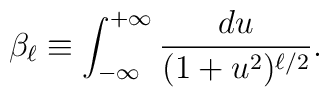
\beta_{\ell}\equiv\int_{-\infty}^{+\infty}\frac{du}{(1+u^2)^{\ell/2}}                           .